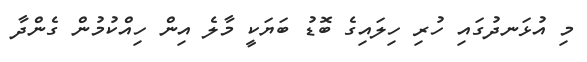
މި އުޅަނދުގައި ހުރި ހިލައިގެ ބޮޑު ބަޔަކީ މާލެ އިން ހިއްކުމުން ގެންދާ